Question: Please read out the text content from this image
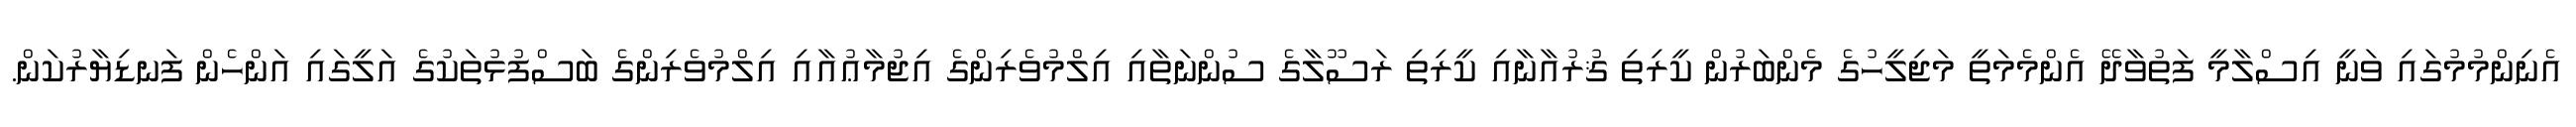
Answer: އެނިންމުމުގައި ވަނީ އިސްލާމީ ފަތުވާދޭ އެންމެމަތީ މަޖިލީހުގެ މެންބަރުން ކީރިތި ޤުރުއާނާއި ކީރިތި ރަސޫލާގެ ސުންނަތާއި އިލްމުވެރިންގެ އިޖުމާޢުއާއި އިލްމުވެރިންގެ ބަސްފުޅުތަކުގެ އަލީގައި އަންހެން ފަނޑިޔާރުކަން.